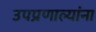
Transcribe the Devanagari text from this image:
उपप्रणाल्यांना